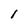
Character: l